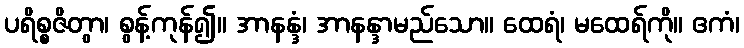
ပရိစ္စဇိတွာ၊ စွန့်ကုန်၍။ အာနန္ဒံ၊ အာနန္ဒာမည်သော။ ထေရံ၊ မထေရ်ကို။ ဧကံ၊